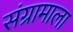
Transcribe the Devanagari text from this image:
संग्रामाला